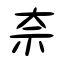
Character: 奈